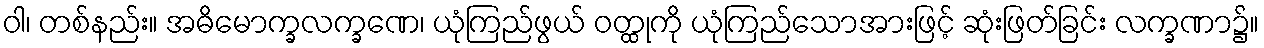
ဝါ၊ တစ်နည်း။ အဓိမောက္ခလက္ခဏေ၊ ယုံကြည်ဖွယ် ဝတ္ထုကို ယုံကြည်သောအားဖြင့် ဆုံးဖြတ်ခြင်း လက္ခဏာ၌။